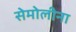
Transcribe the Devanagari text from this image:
सेमोलीना